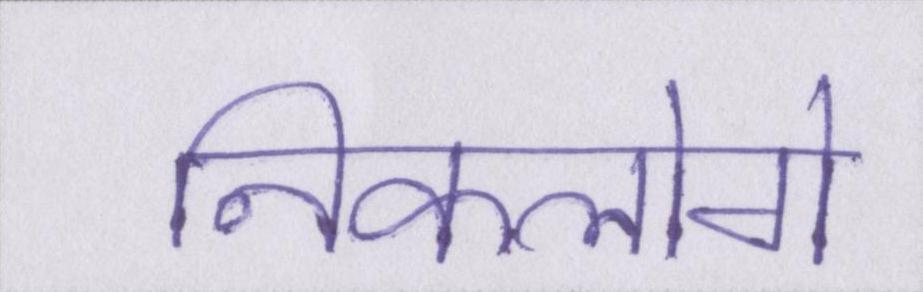
निकलोगे